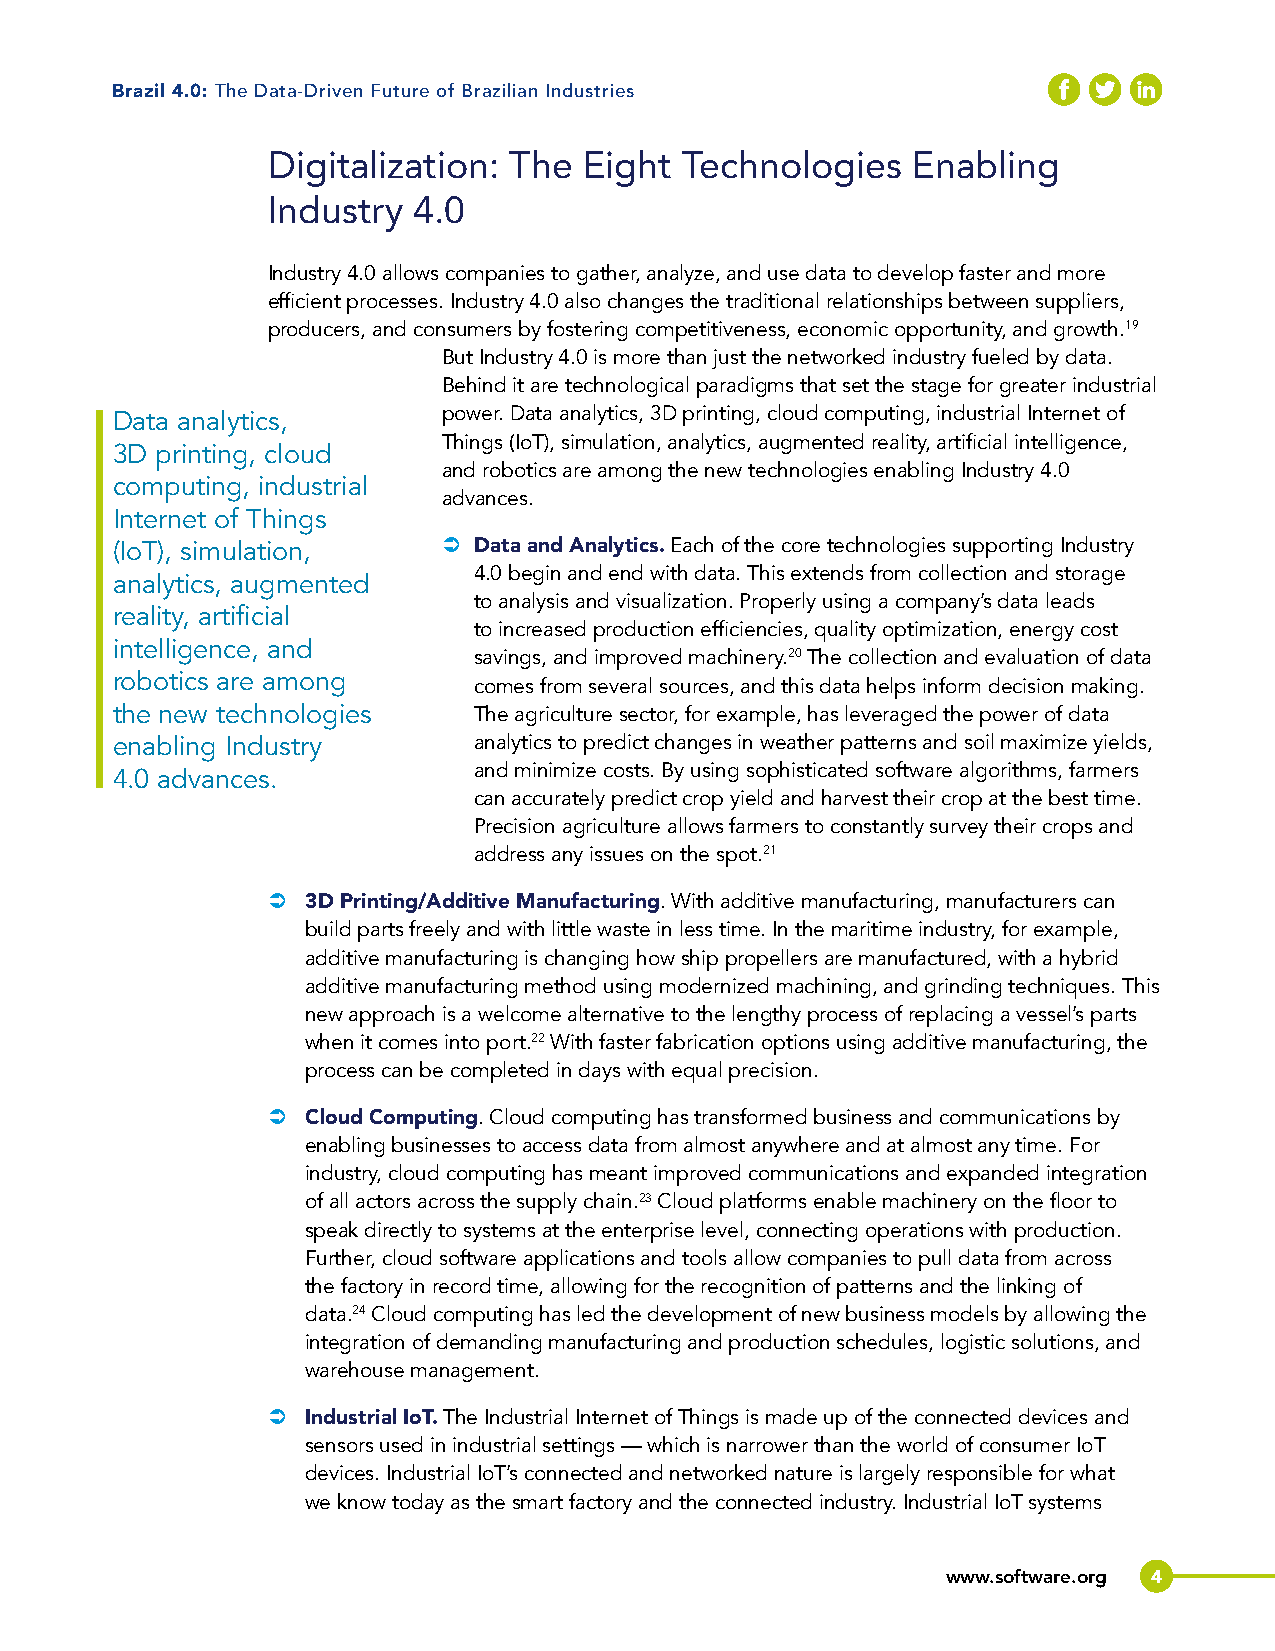
Brazil 4.0: The Data-Driven Future of Brazilian Industries
 Digitalization: The  Eight Technologies   Enabling
 Industry 4.0
 Industry 4.0 allows companies to gather, analyze, and use data to develop faster and more
 efficient processes. Industry 4.0 also changes the traditional relationships between suppliers,
 producers, and consumers by fostering competitiveness, economic opportunity, and growth.19
 But Industry 4.0 is more than just the networked industry fueled by data.
 Behind it are technological paradigms that set the stage for greater industrial
 Data analytics,       power. Data analytics, 3D printing, cloud computing, industrial Internet of
 Things (IoT), simulation, analytics, augmented reality, artificial intelligence,
 3D printing, cloud
 and robotics are among the new technologies enabling Industry 4.0
 computing, industrial
 advances.
 Internet of Things
 (IoT), simulation,    Â Data and Analytics. Each of the core technologies supporting Industry
 4.0 begin and end with data. This extends from collection and storage
 analytics, augmented
 to analysis and visualization. Properly using a company’s data leads
 reality, artificial
 to increased production efficiencies, quality optimization, energy cost
 intelligence, and
 savings, and improved machinery.20 The collection and evaluation of data
 robotics are among
 comes from several sources, and this data helps inform decision making.
 the new technologies    The agriculture sector, for example, has leveraged the power of data
 enabling Industry       analytics to predict changes in weather patterns and soil maximize yields,
 and minimize costs. By using sophisticated software algorithms, farmers
 4.0 advances.
 can accurately predict crop yield and harvest their crop at the best time.
 Precision agriculture allows farmers to constantly survey their crops and
 address any issues on the spot.21
 Â 3D Printing/Additive Manufacturing. With additive manufacturing, manufacturers can
 build parts freely and with little waste in less time. In the maritime industry, for example,
 additive manufacturing is changing how ship propellers are manufactured, with a hybrid
 additive manufacturing method using modernized machining, and grinding techniques. This
 new approach is a welcome alternative to the lengthy process of replacing a vessel’s parts
 when it comes into port.22 With faster fabrication options using additive manufacturing, the
 process can be completed in days with equal precision.
 Â Cloud Computing. Cloud computing has transformed business and communications by
 enabling businesses to access data from almost anywhere and at almost any time. For
 industry, cloud computing has meant improved communications and expanded integration
 of all actors across the supply chain.23 Cloud platforms enable machinery on the floor to
 speak directly to systems at the enterprise level, connecting operations with production.
 Further, cloud software applications and tools allow companies to pull data from across
 the factory in record time, allowing for the recognition of patterns and the linking of
 data.24 Cloud computing has led the development of new business models by allowing the
 integration of demanding manufacturing and production schedules, logistic solutions, and
 warehouse management.
 Â Industrial IoT. The Industrial Internet of Things is made up of the connected devices and
 sensors used in industrial settings — which is narrower than the world of consumer IoT
 devices. Industrial IoT’s connected and networked nature is largely responsible for what
 we know today as the smart factory and the connected industry. Industrial IoT systems
 www.software.org 4